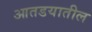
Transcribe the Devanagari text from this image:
आतडयातील